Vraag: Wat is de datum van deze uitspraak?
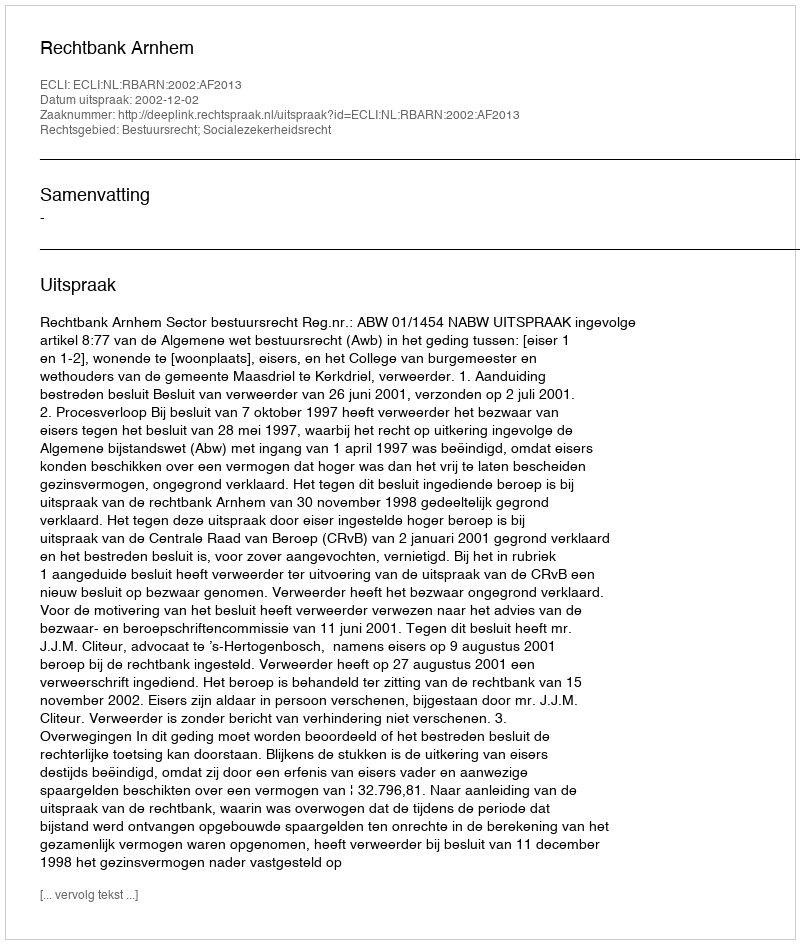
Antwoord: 2002-12-02